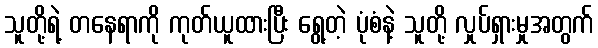
သူတို့ရဲ့ တနေရာကို ကုတ်ယူထားပြီး ရွေ့တဲ့ ပုံစံနဲ့ သူတို့ လှုပ်ရှားမှုအတွက်